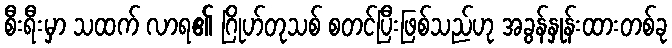
စီးရီးမှာ သထက် လာရ၏ ဂြိုဟ်တုသစ် စတင်ပြီးဖြစ်သည်ဟု အခွန်နှုန်းထားတစ်ခု